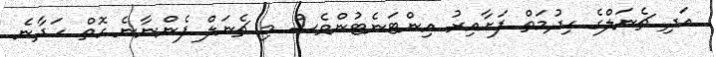
އަދި ޗެނަލްގެ ހިދުމަތް ފަށާއިިރު އިންޓަނެޓުންވެސް މި ޗެނަލް ފެންނާނެ ގޮތް ހަދާނެ